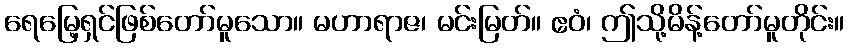
ရေမြေ့ရှင်ဖြစ်တော်မူသော။ မဟာရာဇ၊ မင်းမြတ်။ ဧဝံ၊ ဤသို့မိန့်တော်မူတိုင်း။